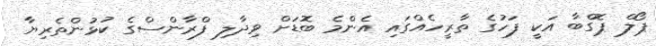
ޕޯލް ޕޮގްބާ އަކީ ފަހުގެ ތާރީހެއްގައި އެންމެ ބޮޑަށް ވިދާލި ފްރާންސްގެ ކުޅުންތެރިޔާ